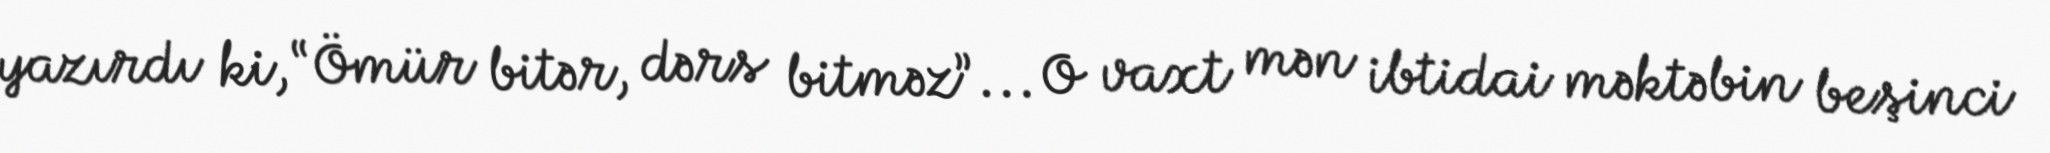
yazırdı ki, “Ömür bitər, dərs bitməz”... O vaxt mən ibtidai məktəbin beşinci